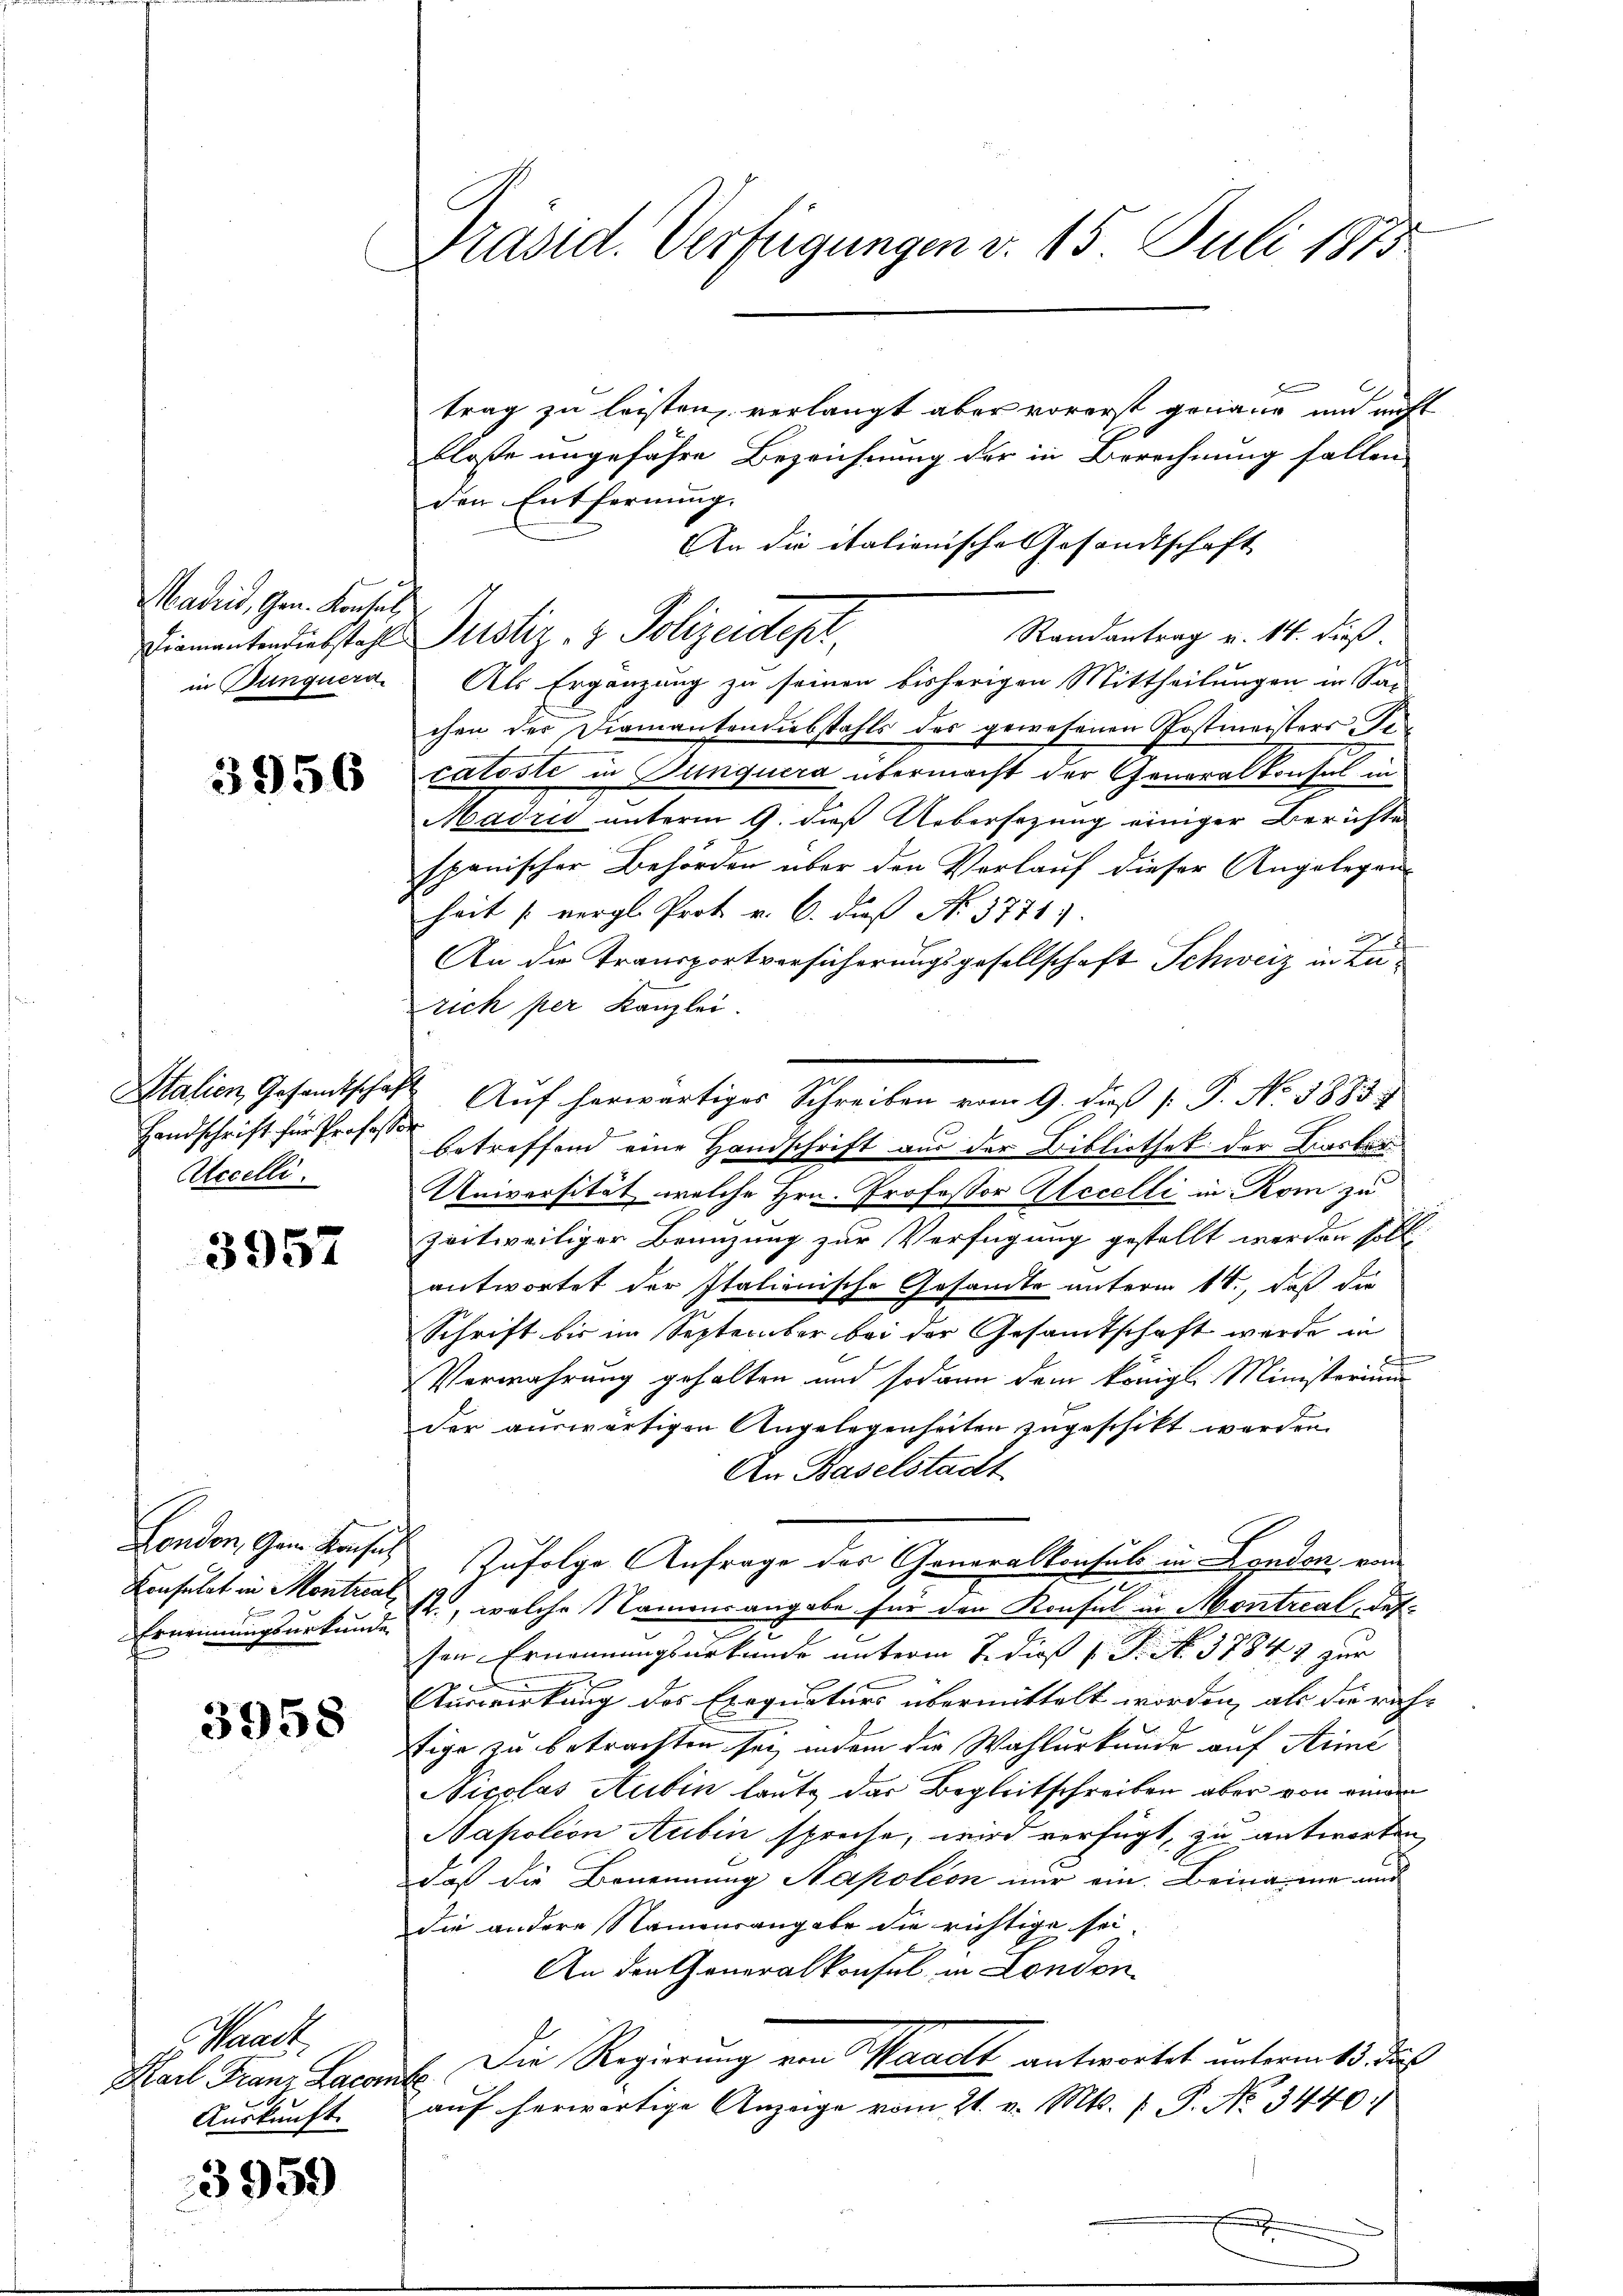
Madrid, Gen. Konsul

3956

Handschrift für Professor
Accelli

3957

Ernennungsurkunde

3958

Waadt
Karl Franz Lacombe
Auskunft.

3959

Präsid. Verfügungen v. 15. Juli 1873.

trag zu leisten, verlangt aber vorerst genaue und nicht
bloße ungeführe Bezeichnung der in Berechnung fallen
den Entfernung.
An die italienische Gesandtschaft
Randantrag u. 14. dieß.
in Dunquera. Als Ergänzung zu seinen bisherigen Mittheilungen in Sac
chen der Diamantendiebstahls des gewesenen Postmeisters Pr
catöste in Dunquera übermacht der Generalkonsul in
Madrid unterm 9. dieß Uebersezung einiger Berichte
spanischer Behörden über den Verlauf dieser Angelegenheit [vergl. Prot. v. 6. daß N. 3771).
An der Transportversicherungsgesellschaft Schweiz in Zurich per Kanzlei.
Italien, Gesandtschaft Auf herwärtiger Schreiben vom 9. dieß (: P. No. 1883
betreffend eine Handschrift aus der Bibliothek der Farbei¬
Universität, welche Hrn. Professor Accelli in Rom zu
zeitweiliger Benuzung zur Verfügung gestellt werden soll
antwortet der Italienische Gesandte unterm 1t., daß die
Schrift bis im September bei der Gesamtschaft wurde in
e
Verwahrung gehalten und sodann dem königl. Ministerium
der auswärtigen Angelegenheiten zugeschikt werden.
An Baselstadt
London, Gem. Konsul Infolge Anfrage des Generalkonsul in London, von
Konsulat in Montre, welche Namensangabe für den Konsul in Montreal des
sen Ernennungsurkunde unterm 7. dieß P. F. No. 37847 zur
Auswirkung des Exequaturs übermittelt worden, als die rach-
tige zu betrachten sei, indem die Wahlurkunde auf Ariné
Nicolas Aubin laute das Begleitschreiben aber von einem
Napoleon Aubin spreche, wird verfügt, zu antworten,
daß die Benennung Napoleon mir ein. Beinaime und
die andere Namensangabe die richtige sei
An den Generalkonsul in London
Die Regierung von Waadt antwortet untermets. das
aŭf herwärtige Anzeige vom 21. v. Mts. f. P. Nr. 3440.
.

Diamantendiebstahl Justiz- & Polizeidept,